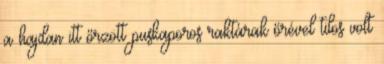
a hajdan itt őrzött puskaporos raktárak őrével tilos volt